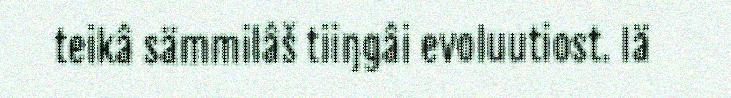
teikâ sämmilâš tiiŋgâi evoluutiost. Iä